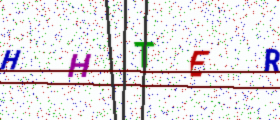
Text: HHTER